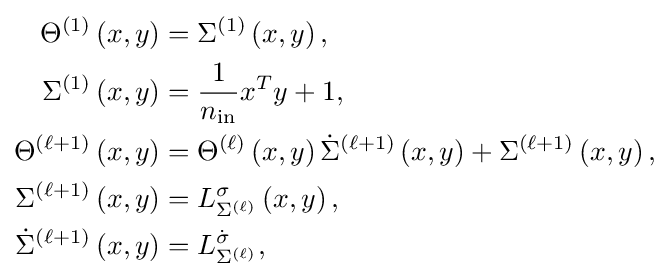
{\begin{aligned}\Theta ^{\left(1\right)}\left(x,y\right)&=\Sigma ^{\left(1\right)}\left(x,y\right),\\\Sigma ^{\left(1\right)}\left(x,y\right)&={\frac {1}{n_{\mathrm {in} }}}x^{T}y+1,\\\Theta ^{\left(\ell +1\right)}\left(x,y\right)&=\Theta ^{\left(\ell \right)}\left(x,y\right){\dot {\Sigma }}^{\left(\ell +1\right)}\left(x,y\right)+\Sigma ^{\left(\ell +1\right)}\left(x,y\right),\\\Sigma ^{\left(\ell +1\right)}\left(x,y\right)&=L_{\Sigma ^{\left(\ell \right)}}^{\sigma }\left(x,y\right),\\{\dot {\Sigma }}^{\left(\ell +1\right)}\left(x,y\right)&=L_{\Sigma ^{\left(\ell \right)}}^{\dot {\sigma }},\end{aligned}}